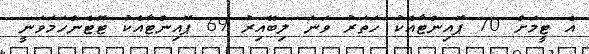
އެ ޓީމަށް 70 ޕޮއިންޓާއެކު ހަތަރު ވަނަ ލިބޭއިރު 69 ޕޮއިންޓާއެކު ޓޮޓެންހަމަވަނީ